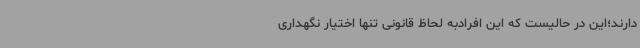
دارند؛این در حالیست که این افرادبه لحاظ قانونی تنها اختیار نگهداری